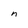
Character: n